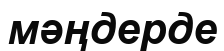
мәңдерде